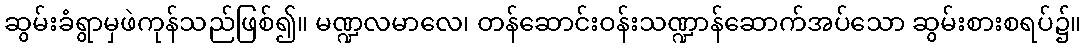
ဆွမ်းခံရွာမှဖဲကုန်သည်ဖြစ်၍။ မဏ္ဍလမာလေ၊ တန်ဆောင်းဝန်းသဏ္ဍာန်ဆောက်အပ်သော ဆွမ်းစားစရပ်၌။